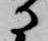
に